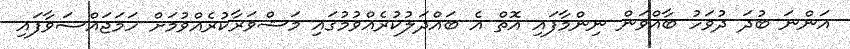
އަންނަ ބުދަ ދުވަހު ބާއްވަން ނިންމާފައި އޮތް އެ ބައްދަލުކުރެއްވުމުގައި މަޝްވަރާކުރެއްވުމަށް ހަމަޖައްސަވާފައި